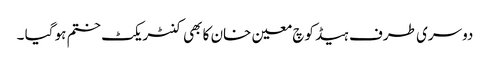
دوسری طرف ہیڈ کوچ معین خان کا بھی کنٹریکٹ ختم ہو گیا ۔